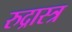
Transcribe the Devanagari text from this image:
रुद्रास्त्र